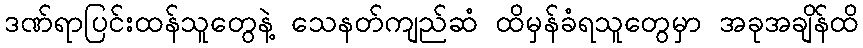
ဒဏ်ရာပြင်းထန်သူတွေနဲ့ သေနတ်ကျည်ဆံ ထိမှန်ခံရသူတွေမှာ အခုအချိန်ထိ